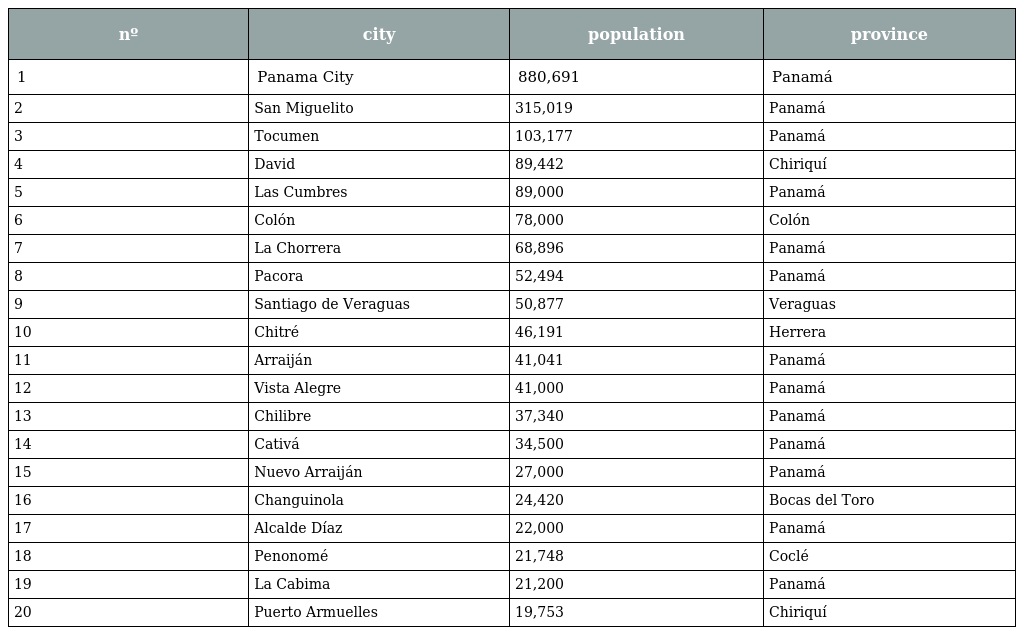
| nº | city | population | province |
 | --- | --- | --- | --- |
 | 1 | Panama City | 880,691 | Panamá |
 | 2 | San Miguelito | 315,019 | Panamá |
 | 3 | Tocumen | 103,177 | Panamá |
 | 4 | David | 89,442 | Chiriquí |
 | 5 | Las Cumbres | 89,000 | Panamá |
 | 6 | Colón | 78,000 | Colón |
 | 7 | La Chorrera | 68,896 | Panamá |
 | 8 | Pacora | 52,494 | Panamá |
 | 9 | Santiago de Veraguas | 50,877 | Veraguas |
 | 10 | Chitré | 46,191 | Herrera |
 | 11 | Arraiján | 41,041 | Panamá |
 | 12 | Vista Alegre | 41,000 | Panamá |
 | 13 | Chilibre | 37,340 | Panamá |
 | 14 | Cativá | 34,500 | Panamá |
 | 15 | Nuevo Arraiján | 27,000 | Panamá |
 | 16 | Changuinola | 24,420 | Bocas del Toro |
 | 17 | Alcalde Díaz | 22,000 | Panamá |
 | 18 | Penonomé | 21,748 | Coclé |
 | 19 | La Cabima | 21,200 | Panamá |
 | 20 | Puerto Armuelles | 19,753 | Chiriquí |